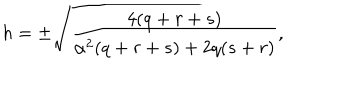
h = \pm \sqrt { \frac { 4 ( q + r + s ) } { \alpha ^ { 2 } ( q + r + s ) + 2 q ( s + r ) } } ,